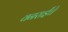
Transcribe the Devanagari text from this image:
वनराईंचे